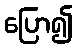
ပြော၍